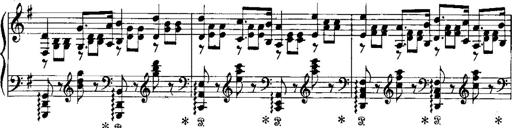
Title: RÃ©miniscences de Norma de Bellini
Composer: Franz Liszt